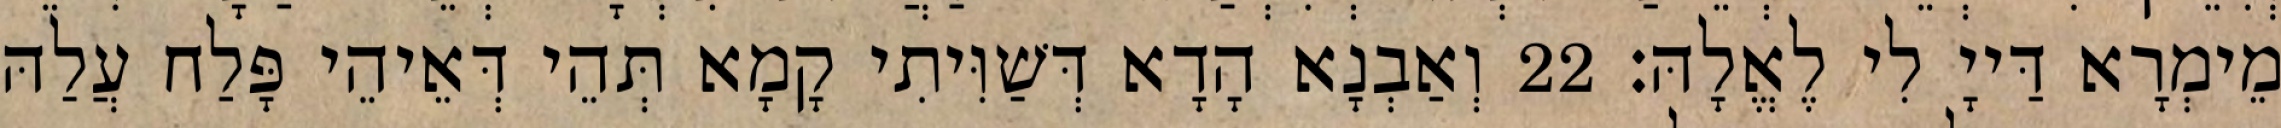
מֵימְרָא דַּייָ לִי לֶאֱלָהּ׃ 22 וְאַבְנָא הָדָא דְּשַׁוִּיתִי קָמָא תְּהֵי דְּאֵיהֵי פָּלַח עֲלַהּ